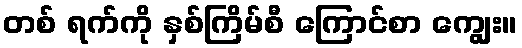
တစ် ရက်ကို နှစ်ကြိမ်စီ ကြောင်စာ ကျွေး။